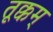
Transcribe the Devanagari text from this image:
तूक्कम्